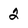
Character: 2